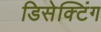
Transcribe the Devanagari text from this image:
डिसेक्टिंग